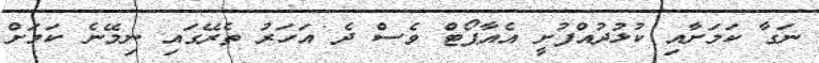
ނަގާ ކަމަށާއި ކުޅުދުއްފުށީ އެއާޕޯޓް ވެސް ދެ އަހަރު ތެރޭގައި ނިމޭނެ ކަމަށް